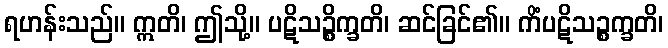
ရဟန်းသည်။ ဣတိ၊ ဤသို့။ ပဋိသဉ္စိက္ခတိ၊ ဆင်ခြင်၏။ ကိံပဋိသဉ္စက္ခတိ၊